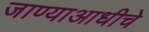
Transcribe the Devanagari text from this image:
जाण्याआधीचे